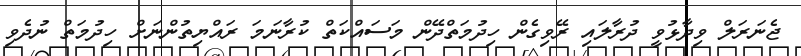
ޖެނަރަލް ވިދާޅުވީ ދުރާލައި ރޭވިގެން ހިދުމަތްދޭން މަސައްކަތް ކުރާނަމަ ރައްޔިތުންނަށް ހިދުމަތް ނުދެވި